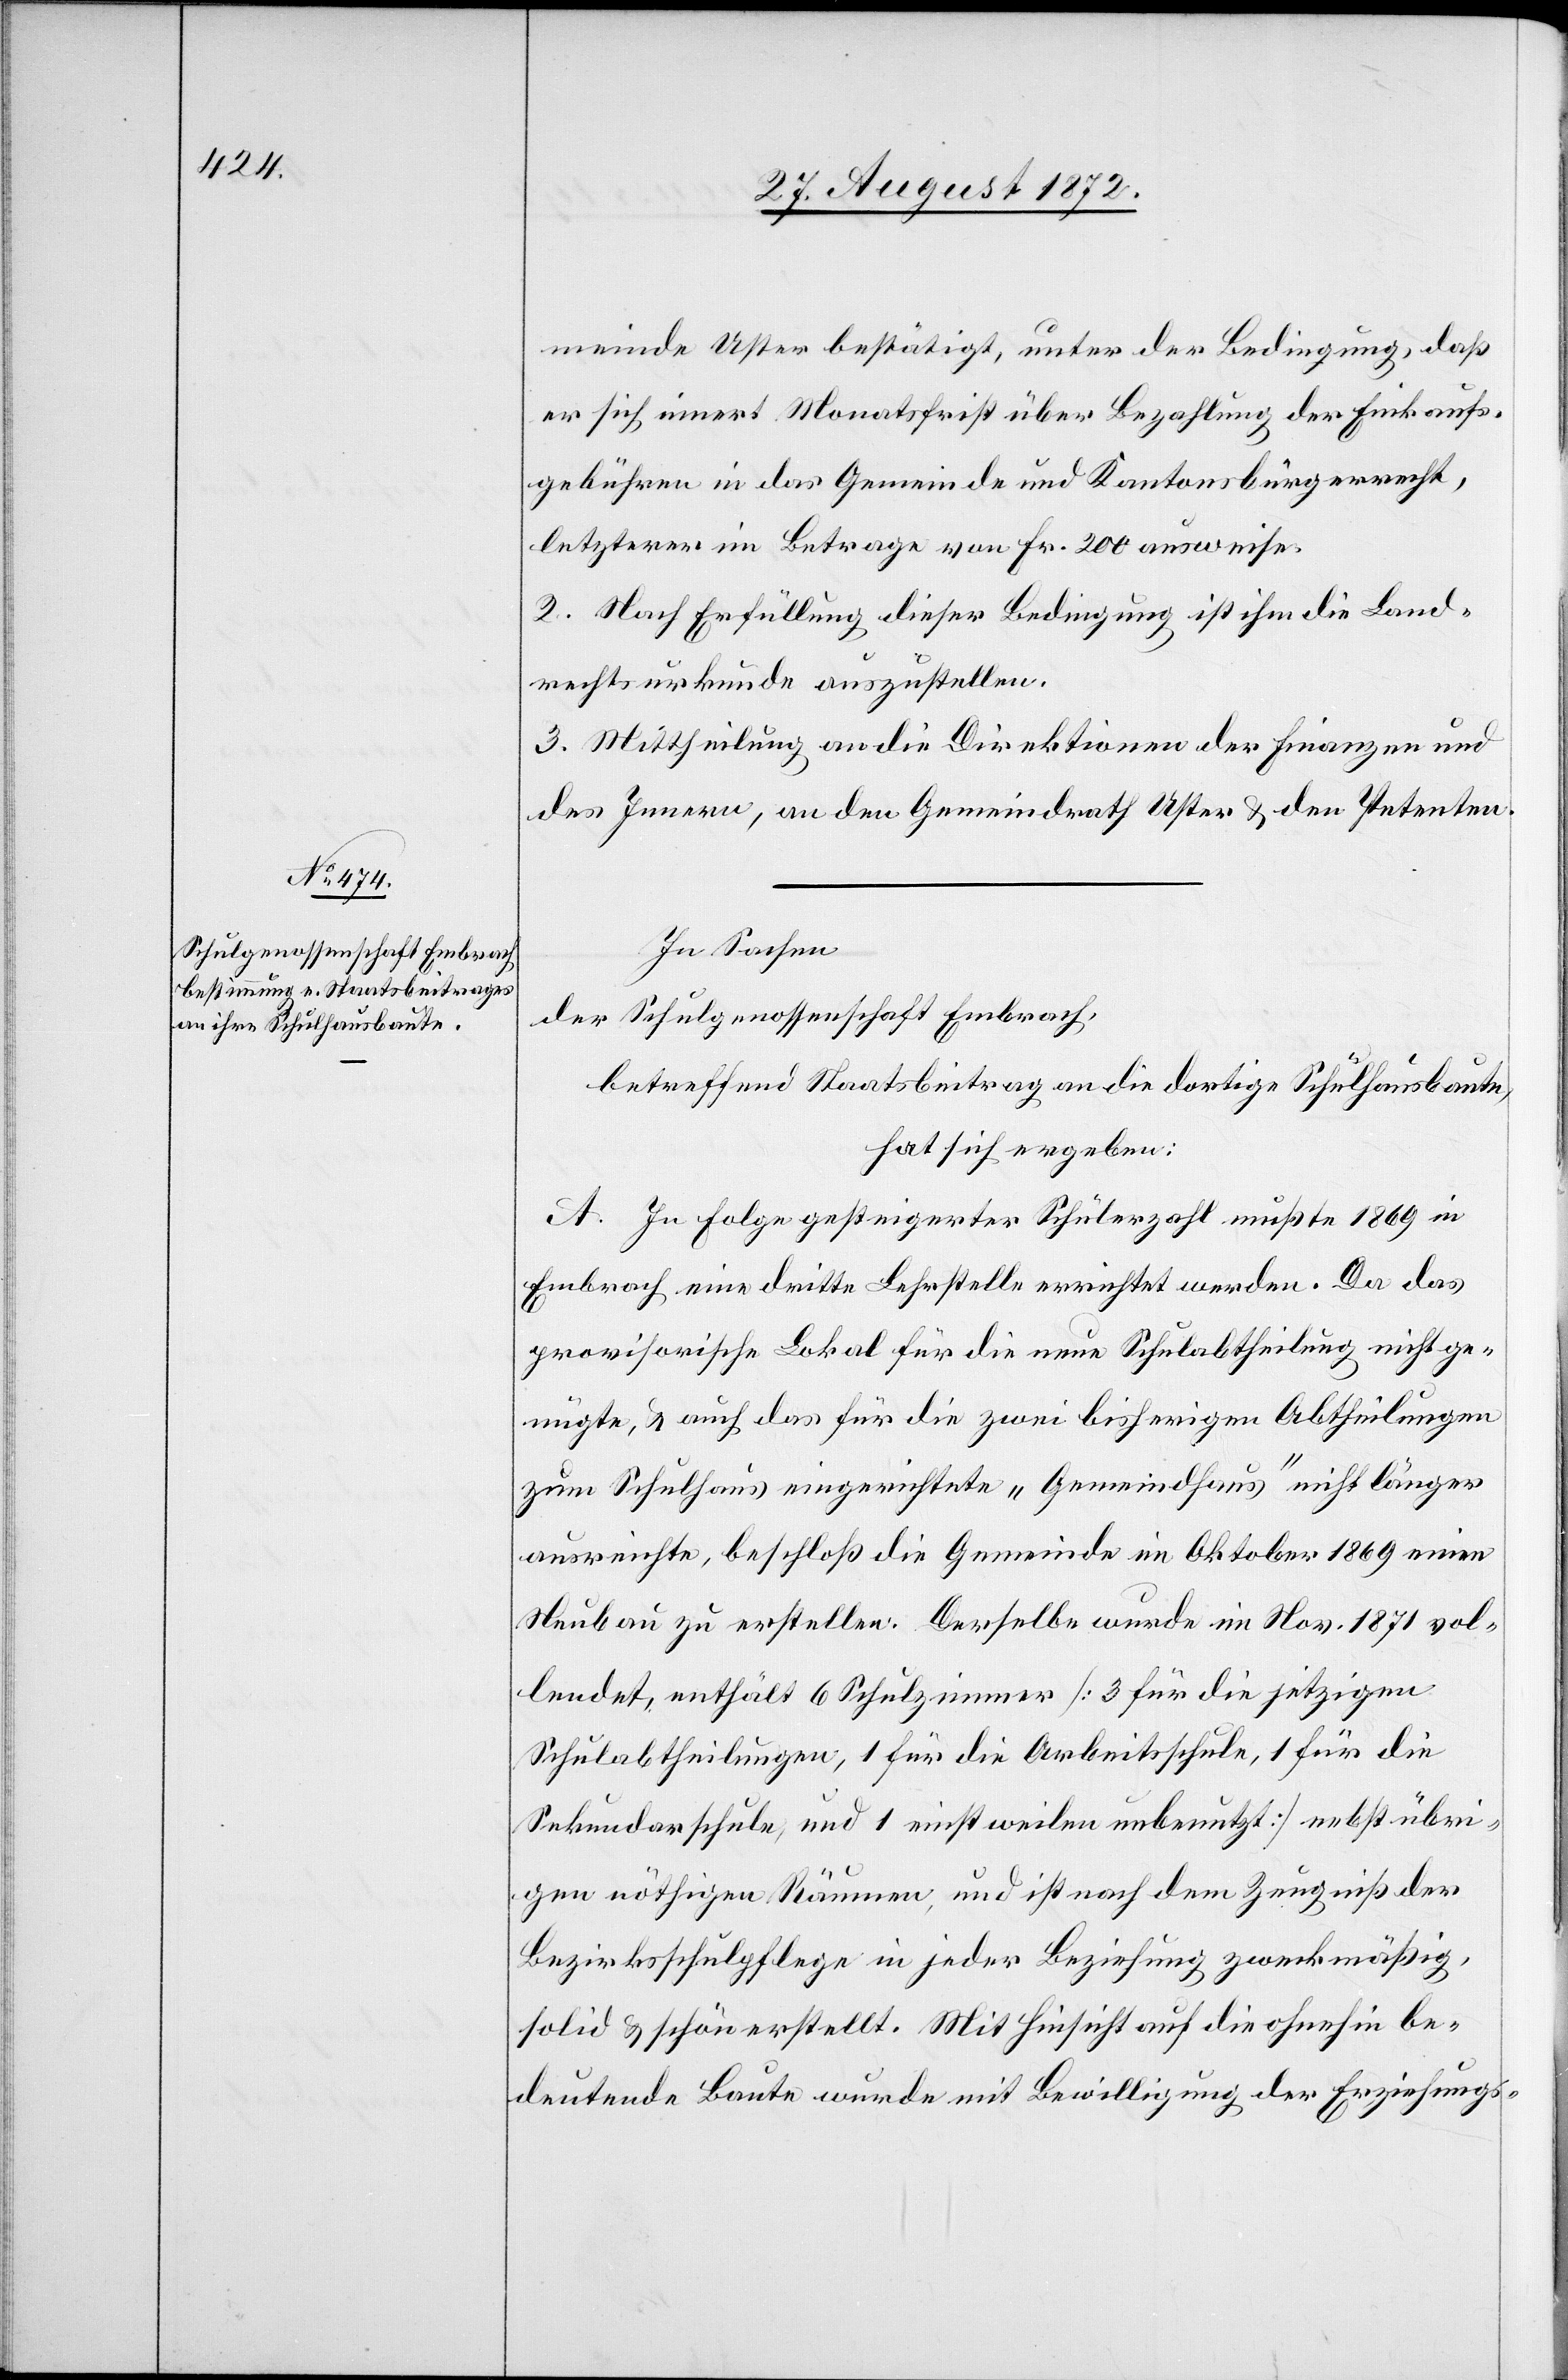
meinde Uster bestätigt, unter der Bedingung, daß
er sich innert Monatsfrist über Bezahlung der Einkaufs¬
gebühren in das Gemeinde und Kantonsbürgerrecht,
letzterer im Betrage von Fr. 200 ausweise.
2. Nach Erfüllung dieser Bedingung ist ihm die Land¬
rechtsurkunde auszustellen.
3. Mittheilung an die Direktionen der Finanzen und
des Innern, an den Gemeindrath Uster u. den Petenten.
In Sachen
der Schulgenossenschaft Embrach,
betreffend Staatsbeitrag an die dortige Schulhausbaute,
hat sich ergeben:
A. In Folge gesteigerter Schülerzahl mußte 1869 in
Embrach eine dritte Lehrstelle errichtet werden. Da das
provisorische Lokal für die neue Schulabtheilung nicht ge¬
nügte, u. auch das für die zwei bisherigen Abtheilungen
zum Schulhaus eingerichtete „Gemeindhaus“ nicht länger
ausreichte, beschloß die Gemeinde im Oktober 1869 einen
Neubau zu erstellen. Derselbe wurde im Nov. 1871 vol¬
lendet, enthält 6 Schulzimmer [3 für die jetzigen
Schulabtheilungen, 1 für die Arbeitsschule, 1 für die
Sekundarschule, und 1 einstweilen unbenutzt] nebst übri¬
gen nöthigen Räumen, und ist nach dem Zeugniß der
Bezirksschulpflege in jeder Beziehung zweckmäßig,
solid u. schön erstellt. Mit Hinsicht auf die ohnehin be¬
deutende Baute wurde mit Bewilligung der Erziehungs-